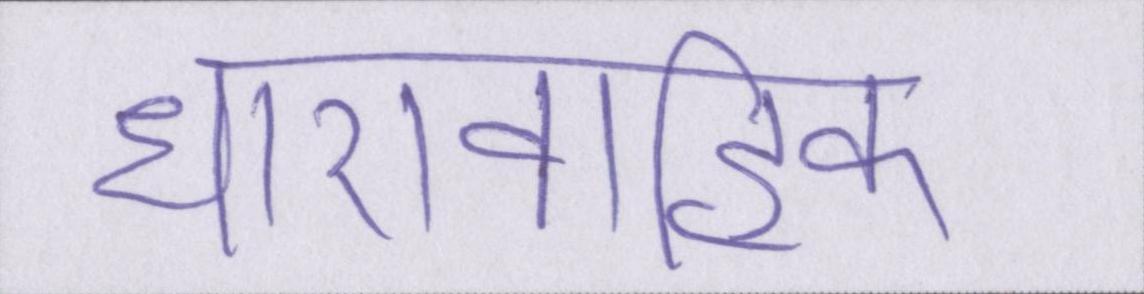
धारावाहिक